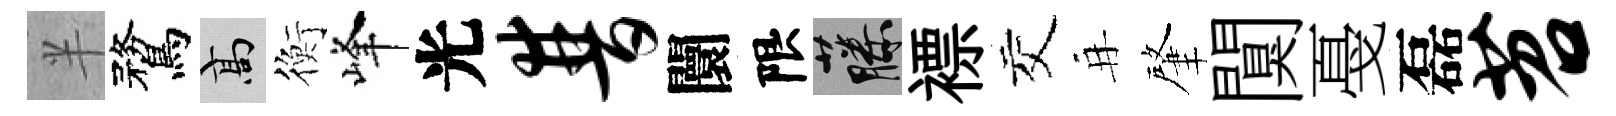
半鶩高衡峰光普闤限藤褾交再肇闃戞磊苕